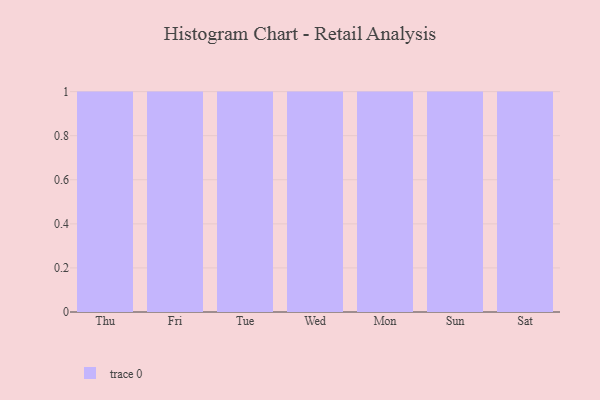
{"axis": {"x": "Day", "y": "Inventory Turnover"}, "legend": [""], "data": [{"x": "Thu", "y": 39, "type": ""}, {"x": "Fri", "y": 61, "type": ""}, {"x": "Tue", "y": 93, "type": ""}, {"x": "Wed", "y": 78, "type": ""}, {"x": "Mon", "y": 77, "type": ""}, {"x": "Sun", "y": 59, "type": ""}, {"x": "Sat", "y": 100, "type": ""}]}